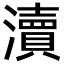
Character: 瀆